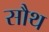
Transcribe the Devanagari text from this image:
सौथ